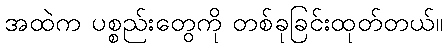
အထဲက ပစ္စည်းတွေကို တစ်ခုခြင်းထုတ်တယ်။